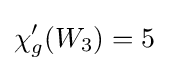
\chi '_{g}(W_{3})=5